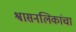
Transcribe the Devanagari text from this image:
श्वासनलिकांचा